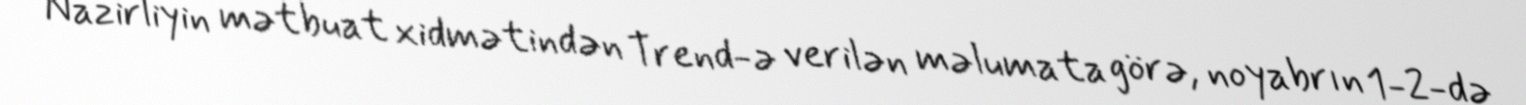
Nazirliyin mətbuat xidmətindən Trend-ə verilən məlumata görə, noyabrın 1-2-də